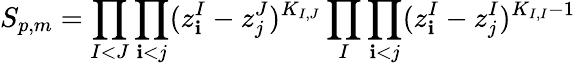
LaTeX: S_{p,m}=\prod_{I<J}\prod_{\mathbf{i}<j}(z_{\mathbf{i}}^{I}-z_{j}^{J})^{K_{I,J}}\prod_{I}\prod_{\mathbf{i}<j}(z_{\mathbf{i}}^{I}-z_{j}^{I})^{K_{I,I}-1}